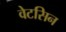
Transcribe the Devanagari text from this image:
वेटसिन